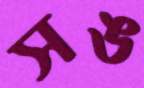
সঙ